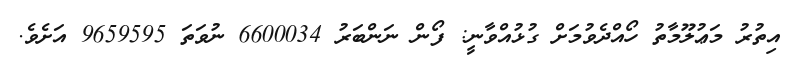
އިތުރު މަޢުލޫމާތު ހޯއްދެވުމަށް ގުޅުއްވާނީ: ފޯން ނަންބަރު 6600034 ނުވަތަ 9659595 އަށެވެ.